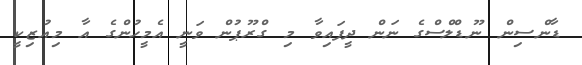
ޑާންސިން ނޫޑްލްސްގެ ނަން ދީފައިވާ މި ގްރޫޕުން ވަނީ އެމީހުންގެ އާ މިއުޒިކީ